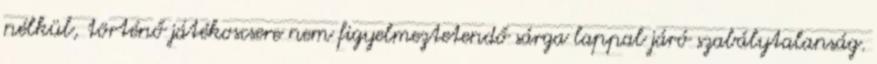
nélkül, történő játékoscsere nem figyelmeztetendő sárga lappal járó szabálytalanság.